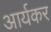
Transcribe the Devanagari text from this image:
आर्यकर